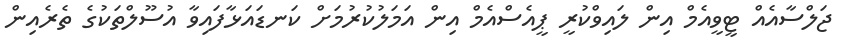
ޖަލްސާއެއް ޓީވީއެމް އިން ލައިވްކުރީ ޕީއެސްއެމް އިން އަމަލުކުުރުމަށް ކަނޑައަޅާފައިވާ އުސޫލްތަކުގެ ތެރެއިން